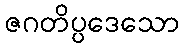
ဇဂတိပ္ပဒေသော